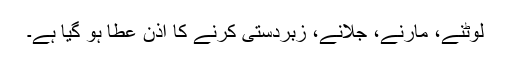
لوٹنے، مارنے، جلانے، زبردستی کرنے کا اذن عطا ہو گیا ہے۔